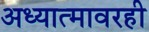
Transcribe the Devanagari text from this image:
अध्यात्मावरही